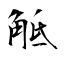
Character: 觝